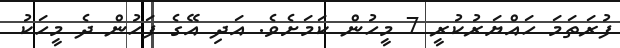
ފުރަތަމަ ހައްޔަރުކުރީ 7 މީހުން ކަމަށެވެ. އަދި އޭގެ ފަހުން ދެ މީހަކު